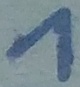
Text: 1